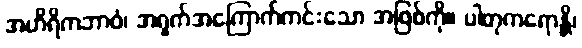
အဟိရိကဘာဝံ၊ အရှက်အကြောက်ကင်းသော အဖြစ်ကို။ ပါတုကရောန္တိ၊